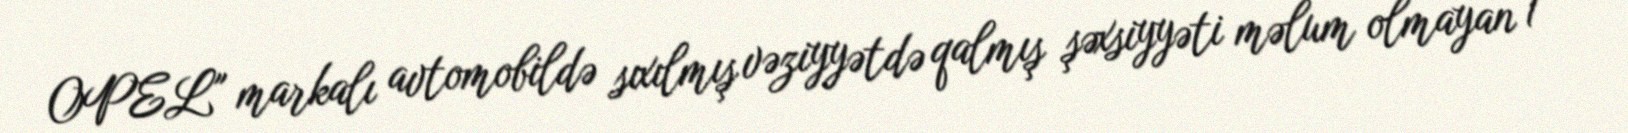
OPEL" markalı avtomobildə sıxılmış vəziyyətdə qalmış şəxsiyyəti məlum olmayan 1